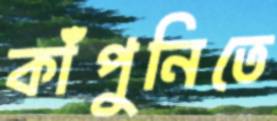
কাঁপুনিতে